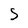
Character: S